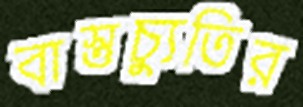
বাস্তুচ্যুতির